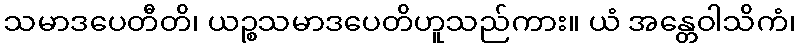
သမာဒပေတီတိ၊ ယဉ္စသမာဒပေတိဟူသည်ကား။ ယံ အန္တေဝါသိကံ၊